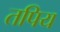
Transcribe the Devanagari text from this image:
तपिय